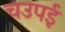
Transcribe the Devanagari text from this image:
चउपई